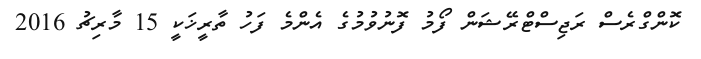
ކޮންގްރެސް ރަޖިސްޓްރޭޝަން ފޯމު ފޮނުވުމުގެ އެންމެ ފަހު ތާރީޚަކީ 15 މާރިޗު 2016